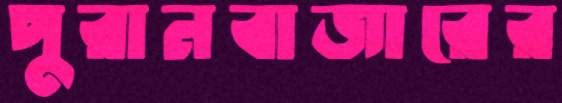
পুরানবাজারের